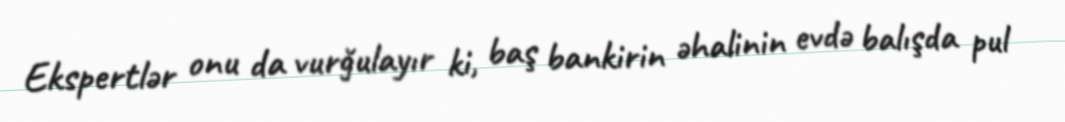
Ekspertlər onu da vurğulayır ki, baş bankirin əhalinin evdə balışda pul